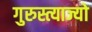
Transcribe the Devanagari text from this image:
गुरुस्त्याज्यो